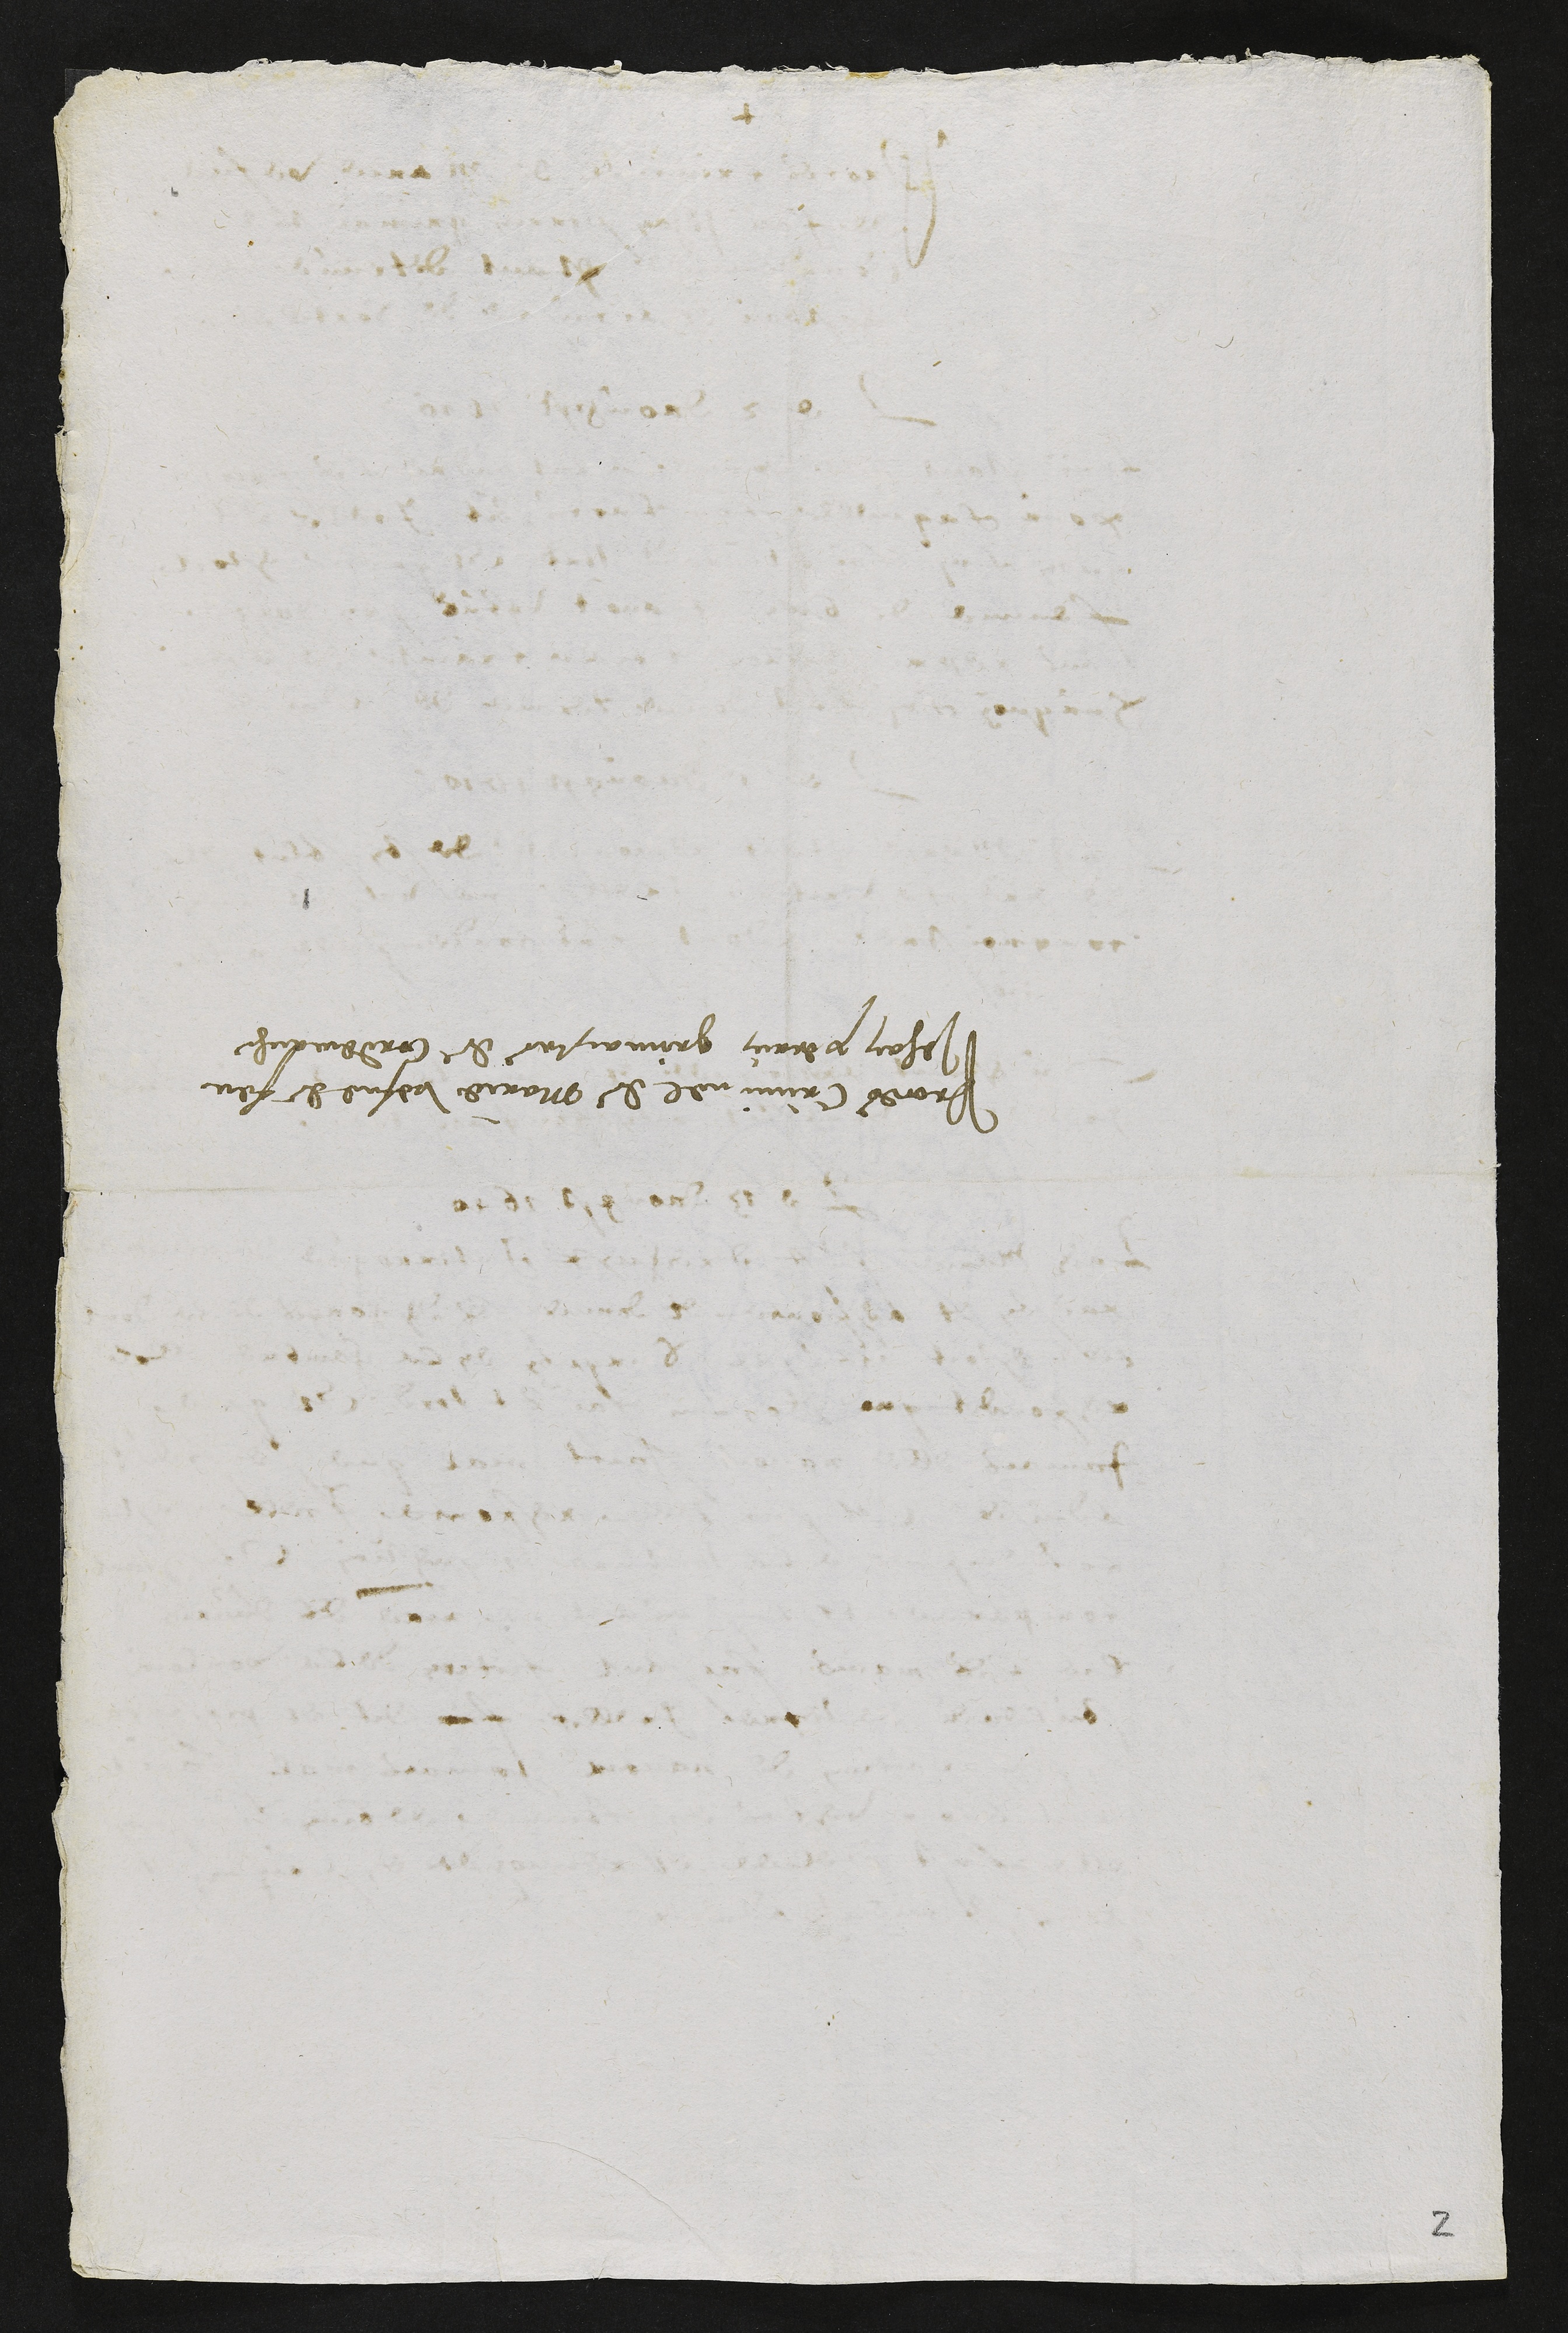
Proces Criminel de Marie vefve de feu
Jehan perrin grimaistre de Courtemaiche